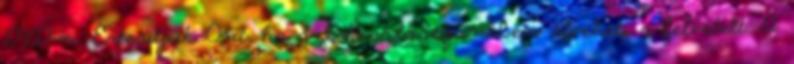
DVD-n. Értesítjük Önt, ha szerkesztőségünkben átveheti a felvételt. A